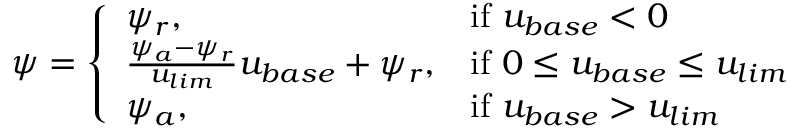
\psi = \left\{ \begin{array} { l l } { \psi _ { r } , } & { \mathrm { i f ~ } u _ { b a s e } < 0 } \\ { \frac { \psi _ { a } - \psi _ { r } } { u _ { l i m } } u _ { b a s e } + \psi _ { r } , } & { \mathrm { i f ~ } 0 \leq u _ { b a s e } \leq u _ { l i m } } \\ { \psi _ { a } , } & { \mathrm { i f ~ } u _ { b a s e } > u _ { l i m } } \end{array} \right.